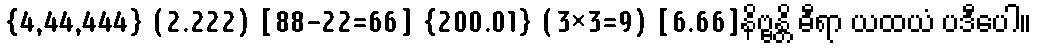
{4,44,444} (2.222) [88-22=66] {200.01} (3×3=9) [6.66]နိဗ္ဗန္တိ ဓီရာ ယထယံ ပဒီပေါ။